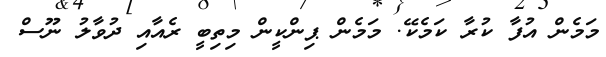
މަމެން އުފާ ކުރާ ކަމެކޭ. މަމެން ޕިންކީން މިތިބީ ރެއާއި ދުވާލު ނޫސް